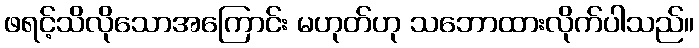
ဖရင့်သိလိုသောအကြောင်း မဟုတ်ဟု သဘောထားလိုက်ပါသည်။